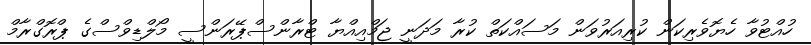
ހުއްޓުވާ ހެޔޮވެރިކަން ކުރިއަރުވަން މަސައްކަތް ކުރާ މަދަނީ ޖަމްއިއްޔާ ޓްރާންސްޕޭރަންސީ މޯލްޑިވްސްގެ ޕްރޮގްރާމް